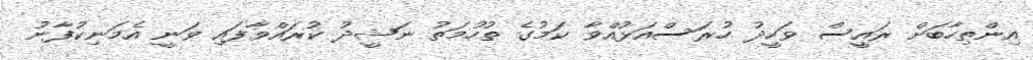
އިންތިހާބަށް ރައީސް ވަހީދު ހުރަސްއަޅުއްވާ ކަމުގެ ތުހުމަތު ނަޝީދު ކުރައްވާފައި ވަނީ އެމަނިކުފާނު